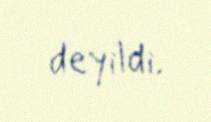
deyildi.